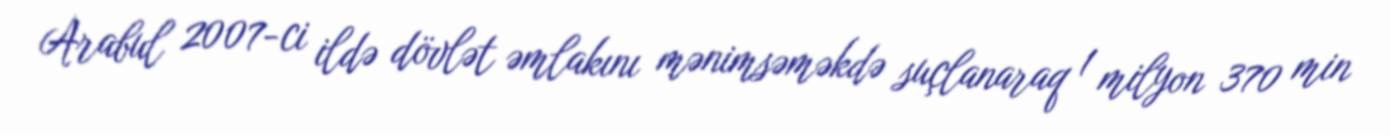
Arabul 2007-ci ildə dövlət əmlakını mənimsəməkdə suçlanaraq 1 milyon 370 min